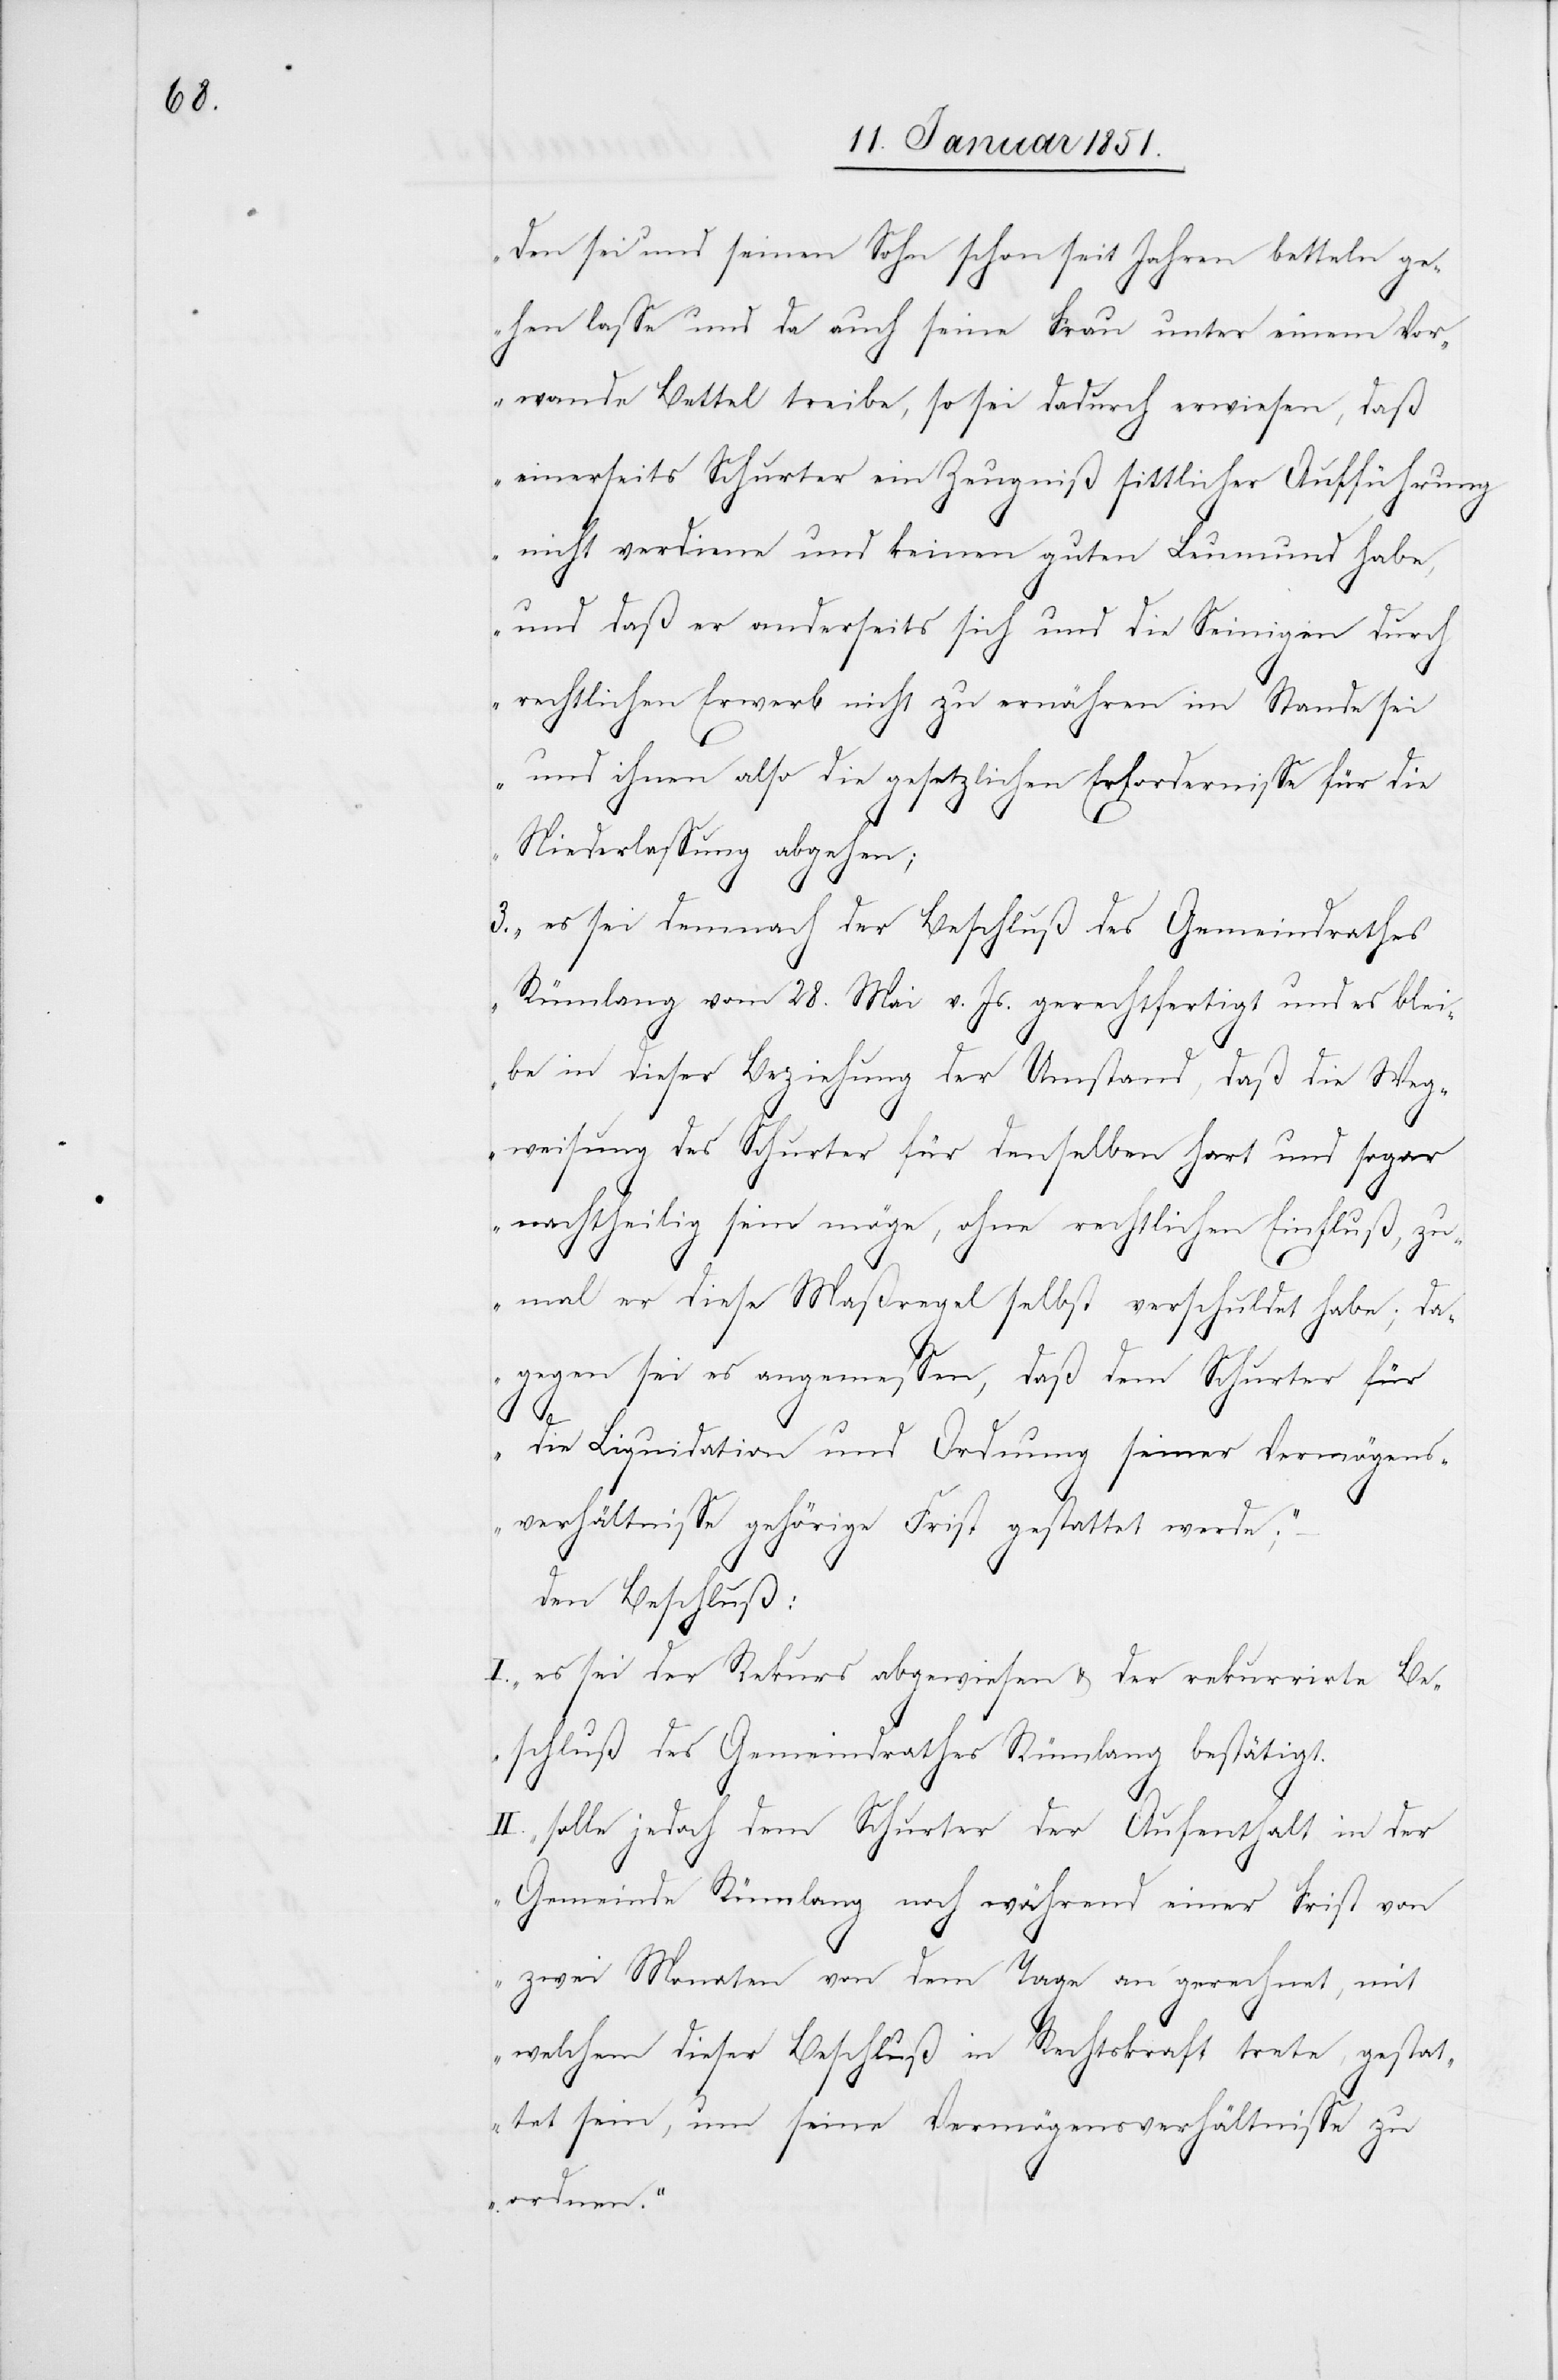
den sei und seinen Sohn schon seit Jahren betteln ge¬
hen lasse und da auch seine Frau unter einem Vor¬
wande Bettel treibe, so sei dadurch erwiesen, daß
einerseits Schurter ein Zeugniß sittlicher Aufführung
nicht verdiene und keinen guten Leumund habe,
und daß er anderseits sich und die Seinigen durch
rechtlichen Erwerb nicht zu ernähren im Stande sei
und ihnen also die gesetzlichen Erfordernisse für die
Niederlassung abgehen;
3. es sei demnach der Beschluß des Gemeindrathes
Rümlang vom 28. Mai v. Js. gerechtfertigt und es blei¬
be in dieser Beziehung der Umstand, daß die Weg¬
weisung des Schurter für denselben hart und sogar
nachtheilig sein möge, ohne rechtlichen Einfluß, zu¬
mal er diese Maßregel selbst verschuldet habe; da¬
gegen sei es angemessen, daß dem Schurter für
die Liquidation und Ordnung seiner Vermögens¬
verhältnisse gehörige Frist gestattet werde;“
den Beschluß:
I. „es sei der Rekurs abgewiesen & der rekurrirte Be¬
schluß des Gemeindrathes Rümlang bestätigt.
II. solle jedoch dem Schurter der Aufenthalt in der
Gemeinde Rümlang noch während einer Frist von
zwei Monaten von dem Tage an gerechnet, mit
welchem dieser Beschluß in Rechtskraft trete, gestat¬
tet sein, um seine Vermögensverhältnisse zu
ordnen.“